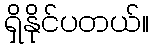
ရှိနိုင်ပတယ်။